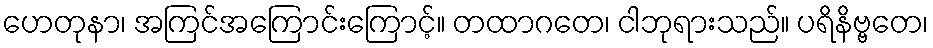
ဟေတုနာ၊ အကြင်အကြောင်းကြောင့်။ တထာဂတေ၊ ငါဘုရားသည်။ ပရိနိဗ္ဗတေ၊